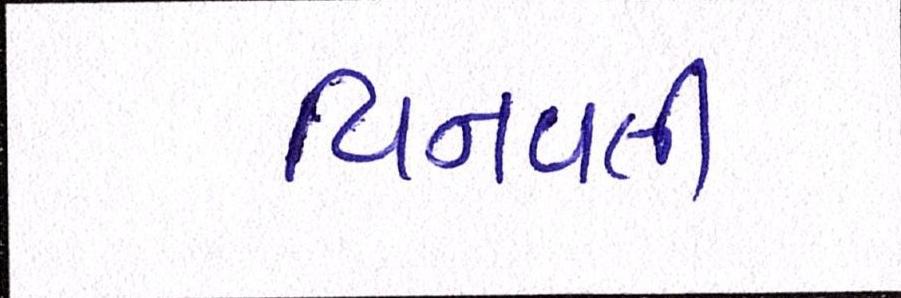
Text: વિનવતી